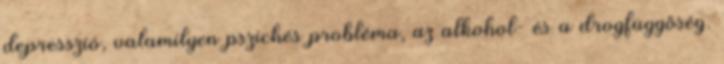
depresszió, valamilyen pszichés probléma, az alkohol- és a drogfüggőség.